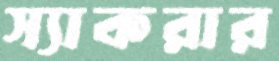
স্যাকরার